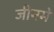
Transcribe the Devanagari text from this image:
जीनमे